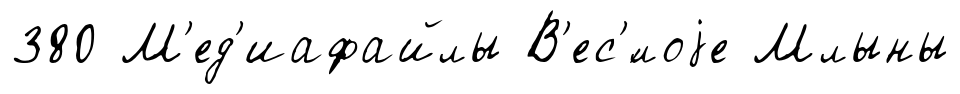
380 М'ед'иафайлы В'ес'́лоjе Млыны